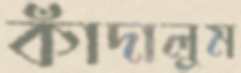
কাঁদালুম